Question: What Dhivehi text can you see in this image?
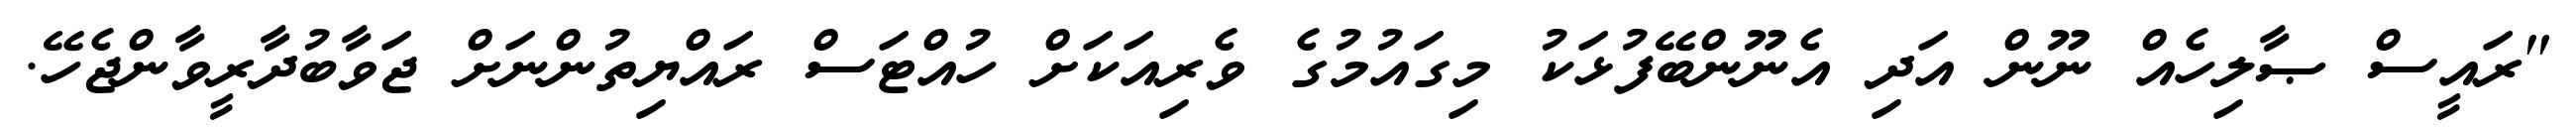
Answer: "ރައީސް ޞާލިހެއް ނޫން އަދި އެނޫންބޭފުޅަކު މިގައުމުގެ ވެރިއަކަށް ހުއްޓަސް ރައްޔިތުންނަށް ޖަވާބުދާރީވާންޖެހޭ.